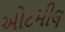
ઓટમીલ